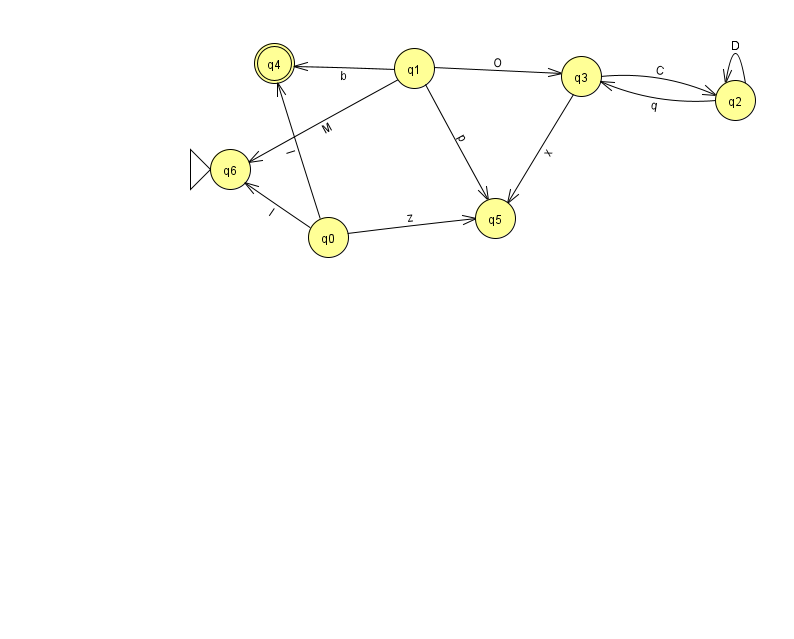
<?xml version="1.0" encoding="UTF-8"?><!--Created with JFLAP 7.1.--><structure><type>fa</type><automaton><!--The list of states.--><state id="0" name="q0"><x>328.0</x><y>224.0</y></state><state id="1" name="q1"><x>414.0</x><y>55.0</y></state><state id="2" name="q2"><x>735.0</x><y>87.0</y></state><state id="3" name="q3"><x>581.0</x><y>63.0</y></state><state id="4" name="q4"><x>274.0</x><y>50.0</y><final/></state><state id="5" name="q5"><x>495.0</x><y>205.0</y></state><state id="6" name="q6"><x>230.0</x><y>156.0</y><initial/></state><!--The list of transitions.--><transition><from>0</from><to>4</to><read>I</read></transition><transition><from>1</from><to>5</to><read>p</read></transition><transition><from>3</from><to>2</to><read>C</read></transition><transition><from>3</from><to>5</to><read>x</read></transition><transition><from>2</from><to>3</to><read>q</read></transition><transition><from>1</from><to>4</to><read>b</read></transition><transition><from>2</from><to>2</to><read>D</read></transition><transition><from>0</from><to>5</to><read>z</read></transition><transition><from>0</from><to>6</to><read>l</read></transition><transition><from>1</from><to>3</to><read>O</read></transition><transition><from>1</from><to>6</to><read>M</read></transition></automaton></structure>